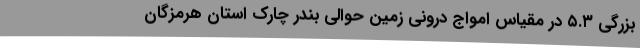
بزرگی ۵.۳ در مقیاس امواج درونی زمین حوالی بندر چارک استان هرمزگان